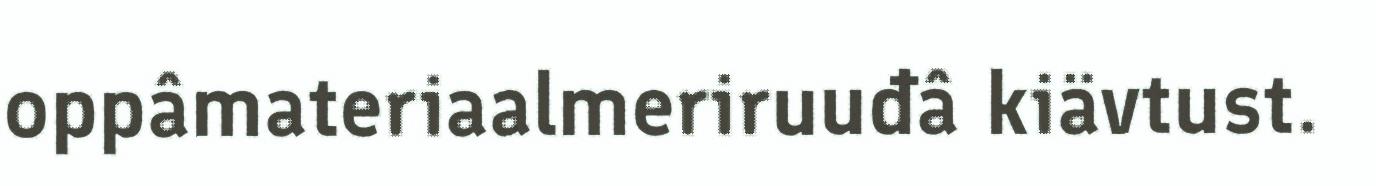
oppâmateriaalmeriruuđâ kiävtust.